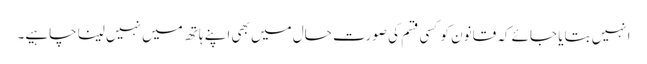
انہیں بتایا جائے کہ قانون کو کسی قسم کی صورت حال میں بھی اپنے ہاتھ میں نہیں لینا چاہیے۔